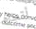
أتجاه